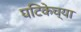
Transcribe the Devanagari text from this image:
घटिकेच्या